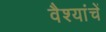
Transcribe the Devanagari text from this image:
वैश्यांचें